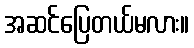
အဆင်ပြေတယ်မလား။